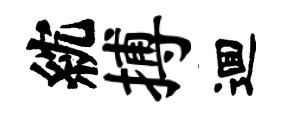
紞搏逥